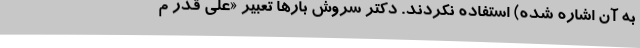
به آن اشاره شده) استفاده نکردند. دکتر سروش بارها تعبیر «علی قدر م